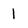
Character: 1